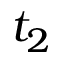
t _ { 2 }